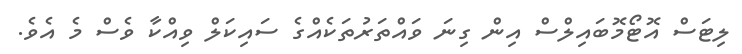
ލިޓަސް އޮޓޯމޮބައިލްސް އިން ގިނަ ވައްތަރުތަކެއްގެ ސައިކަލް ވިއްކާ ވެސް މެ އެވެ.